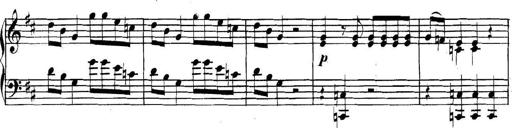
Title: Collected Piano Sonatas
Composer: Muzio Clementi